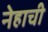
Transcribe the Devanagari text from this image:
नेहाची